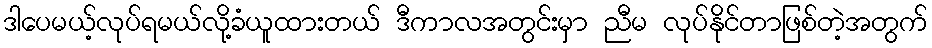
ဒါပေမယ့်လုပ်ရမယ်လို့ခံယူထားတယ် ဒီကာလအတွင်းမှာ ညီမ လုပ်နိုင်တာဖြစ်တဲ့အတွက်